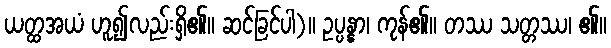
ယတ္ထအယံ ဟူ၍လည်းရှိ၏။ ဆင်ခြင်ပါ)။ ဥပ္ပန္နာ၊ ကုန်၏။ တဿ သတ္တဿ၊ ၏။